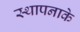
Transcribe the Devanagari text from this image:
स्थापनाके